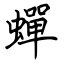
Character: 蟬